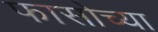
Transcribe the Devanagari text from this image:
फासोच्या